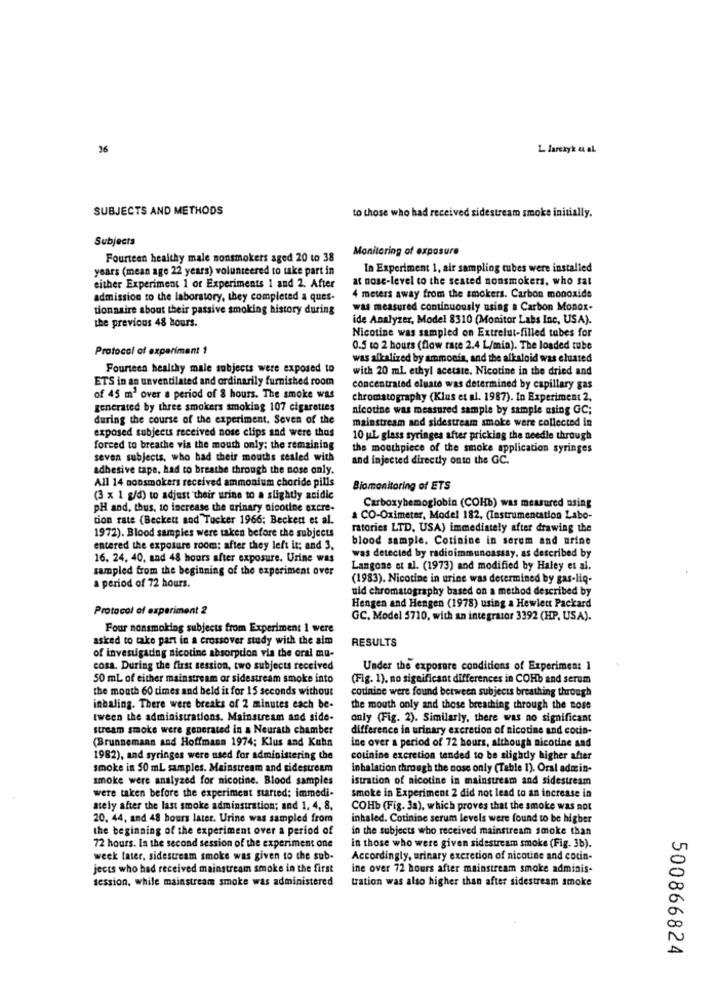
36
L larczyk a al
SUBJECTS AND METHODS
to those who had received sidestream smoke initially.
Subjects
Monitoring of exposure
Fourteen healthy male nonsmokers aged 20 to 38
years (mean age 22 years) volunteered to take part in
In Experiment 1, air sampling tubes were installed
at nose-level to the seated nonsmokers, who sat
either Experiment 1 or Experiments 1 and 2. After
admission to the laboratory, they completed a ques-
4 meters away from the smokers. Carbon monoxide
tionnaire about their passive smoking history during
was measured continuously using a Carbon Monox-
the previous 48 hours.
ide Analyzer, Model 8310 (Monitor Labs Inc, USA).
Nicotine was sampled on Extrelut-filled tubes for
Protocol of experiment 1
0.5 to 2 hours (flow rate 2.4 L/min). The loaded tube
was alkalized by ammonia, and the alkaloid was eluated
Fourteen healthy male sobjects were exposed to
with 20 ml ethyl acetate. Nicotine in the dried and
ETS in an unventilated and ordinarily furnished room
concentrated eluate was determined by capillary gas
of 45 m' over a period of 8 hours. The smoke was
chromatography (Klus et al. 1987). In Experiment 2.
generated by three smokers smoking 107 cigarettes
nicotine was measured sample by sample using GC;
during the course of the experiment. Seven of the
mainstream and sidestream smoke were collected in
exposed subjects received nose clips and were thas
10 uL glass syringes after pricking the needle through
forced to breathe via the mouth only; the remaining
the mouthpiece of the smoke application syringes
seven subjects, who had their mouths sealed with
and injected directly onto the GC.
adhesive tape, had to breathe through the nose only.
All 14 nonsmokers received ammonium choride pills
Biomonitoring of ETS
(3 x 1 g/d) to adjust their urine to a slightly acidic
pH and, thus, to increase the urinary nicotine excre-
Carboxyhemoglobin (COHb) was measured using
tion rate (Beckett and Tucker 1966; Beckett et al.
a CO-Oximeter, Model 182, (Instrumentation Labo-
ratories LTD, USA) immediately after drawing the
1972). Blood samples were taken before the subjects
blood sample. Cotinine in serem and urine
entered the exposure room; after they left it: and 3.
16. 24, 40, and 48 hours after exposure. Urine was
was detected by radioimmunoassay. as described by
sampled from the beginning of the experiment over
Langone et al. (1973) and modified by Haley et al.
(1983). Nicotine in urine was determined by gas-liq-
a period of 72 hours.
uid chromatography based on a method described by
Protocol of experiment 2
Hengen and Hengen (1978) using a Hewlett Packard
GC, Model 5710, with an integrator 3392 (HP, USA).
Four nonsmoking subjects from Experiment 1 were
asked to take part in a crossover study with the aim
RESULTS
of invesugaring nicotine absorption via the oral mu-
cosa. During the first session, two subjects received
Under the exposure conditions of Experiment
50 ml of either mainstream or sidestream smoke into
(Fig. 1). no significant differences in COHb and serum
the mouth 60 times and beld it for 15 seconds without
cotinine were found between subjects breathing through
inhaling. There were breaks of 2 minutes each be-
the mouth only and those breathing through the nose
Iween the administrations. Mainstream and side-
only (Fig. 2). Similarly, there was no significant
stream smoke were generated in a Neurath chamber
difference in urinary excretion of nicotine and cocin-
(Brunnemann and Hoffmann 1974; Klus and Kuhn
ine over a period of 72 hours, although nicotine and
1982), and syringes were used for administering the
colinine excretion tended to be slighdy higher after
smoke in 50 mL samples. Mainstream and sidestream
inhalation through the nose only (Table 1). Oral admin-
smoke were analyzed for nicotine. Blood samples
istration of nicotine in mainstream and sidestream
were taken before the experiment started: immedi-
smoke in Experiment 2 did not lead to an increase in
ately after the last smoke adminstration; and 1, 4, 8.
COHb (Fig. 3a), which proves that the smoke was not
20. 44, and 48 hours later. Urine was sampled from
inhaled. Cotinine serum levels were found to be higher
the beginning of the experiment over a period of
in the subjects who received mainstream smoke than
72 hours. In the second session of the experiment one
in those who were given sidestream smoke (Fig. 3b).
week later, sidestream smoke was given to the sub-
Accordingly, urinary excretion of nicotine and cotin-
jects who had received mainstream smoke in the first
ine over 72 hours after mainstream smoke adminis-
session. while mainstream smoke was administered
tration was also higher than after sidestream smoke
500866824